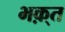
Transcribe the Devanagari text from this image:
भक़्त